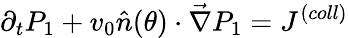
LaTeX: \partial_{t}P_{1}+v_{0}\hat{n}(\theta)\cdot\vec{\nabla}P_{1}=J^{(coll)}